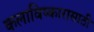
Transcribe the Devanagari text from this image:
कलाविष्कारासाठी